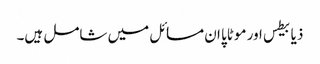
ذیابیطس اور موٹاپا ان مسائل میں شامل ہیں۔